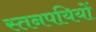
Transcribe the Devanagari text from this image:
स्तनपयियों